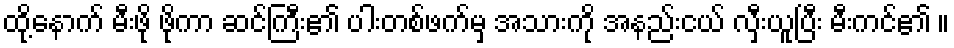
ထို့နောက် မီးဖို ဖိုကာ ဆင်ကြီး၏ ပါးတစ်ဖက်မှ အသားကို အနည်းငယ် လှီးယူပြီး မီးကင်၏ ။